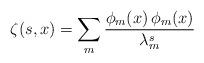
LaTeX: \begin{align*}\zeta(s,x)=\sum_m\frac{\phi_m(x)\,\phi_m(x)}{\lambda^s_m}\end{align*}